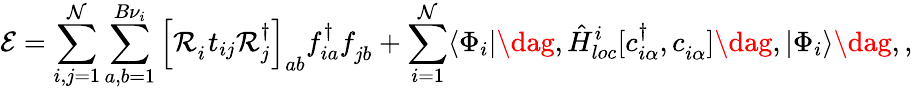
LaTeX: \mathcal{E}=\sum_{i,j=1}^{\mathcal{N}}\sum_{a,b=1}^{B{\nu}_{i}}\left[\mathcal{R}_{i}^{\phantom{\dagger}}t_{ij}\mathcal{R}_{j}^{\dagger}\right]_{ab}f_{ia}^{\dagger}f_{jb}^{\phantom{\dagger}}+\sum_{i=1}^{\mathcal{N}}\langle\Phi_{i}|\dag,\hat{H}_{loc}^{i}[c_{i\alpha}^{\dagger},c_{i\alpha}^{\phantom{\dagger}}]\dag,|\Phi_{i}\rangle\dag,,